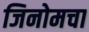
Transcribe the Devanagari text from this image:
जिनोमचा